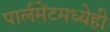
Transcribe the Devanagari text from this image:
पार्लमेंटमध्येही